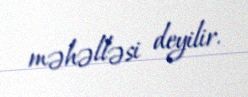
məhəlləsi deyilir.